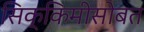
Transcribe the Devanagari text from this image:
सिक्किमीसोबत